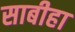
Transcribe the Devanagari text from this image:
साबीहा